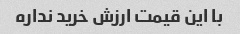
با این قیمت ارزش خرید نداره